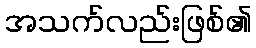
အသက်လည်းဖြစ်၏